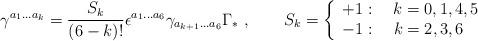
LaTeX: \begin{align*}\gamma^{a_1\ldots a_k}=\frac{S_k}{(6-k)!}\epsilon^{a_1\ldots a_6}\gamma_{a_{k+1}\ldots a_6}\Gamma_*\ , \qquad S_k=\left\{\begin{array}{l}+1:\quad k=0,1,4,5\\-1:\quad k=2,3,6\end{array} \right.\end{align*}